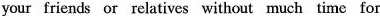
your friends or relatives without much time for